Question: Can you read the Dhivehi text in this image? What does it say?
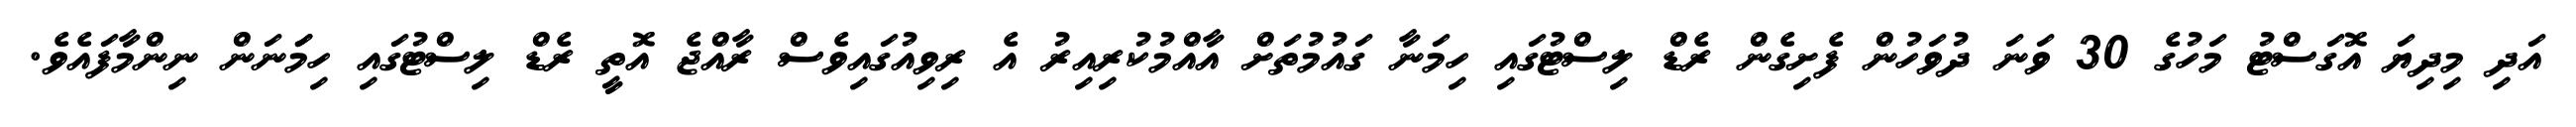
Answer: އަދި މިދިޔަ އޮގަސްޓު މަހުގެ 30 ވަނަ ދުވަހުން ފެށިގެން ރެޑް ލިސްޓުގައި ހިމަނާ ގައުމުތަށް އާއްމުކުރިއިރު އެ ރިވިއުގައިވެސް ރާއްޖެ އޮތީ ރެޑް ލިސްޓުގައި ހިމަަނަން ނިންމާފައެވެ.